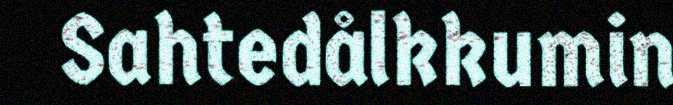
Sahtedålkkumin